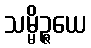
သမ္မိဉ္ဇယေ